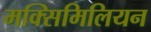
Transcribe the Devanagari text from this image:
मक्सिमिलियन